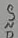
Text: GND